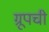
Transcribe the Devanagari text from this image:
ग्रूपची